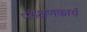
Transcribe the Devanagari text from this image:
परीक्षणकार्य